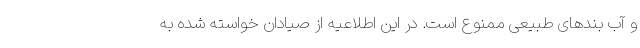
و آب بندهای طبیعی ممنوع است. در این اطلاعیه از صیادان خواسته شده به